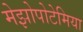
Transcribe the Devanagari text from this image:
मेझोपोटेमिया